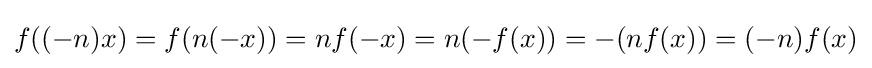
f((-n)x)=f(n(-x))=nf(-x)=n(-f(x))=-(nf(x))=(-n)f(x)